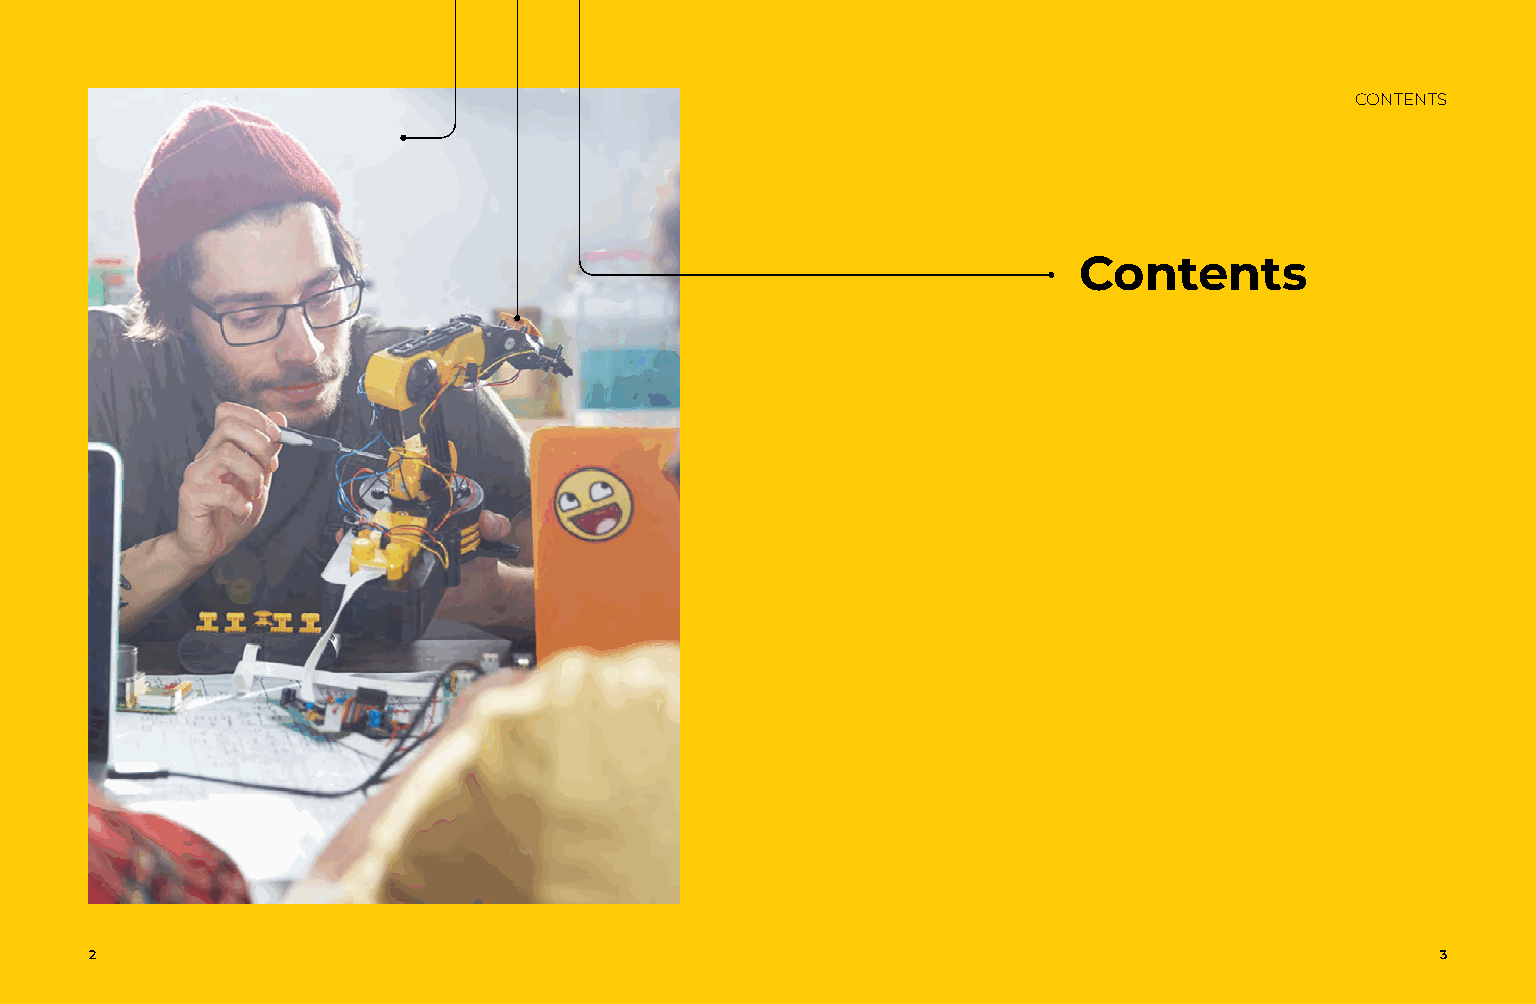
XXXXXXXXX                                                                           CONTENTS
 Contents
 2                                                  Discover more under About the programme at: madesmartertech.uk 3